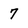
Character: 7